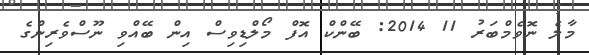
މާލެ ނޮވެމްބަރު 11 2014: ބޭންކް އޮފް މޯލްޑިވިސް އިން ބޭއްވި ނޫސްވެރިންގެ